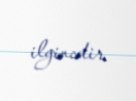
ilgincdir.